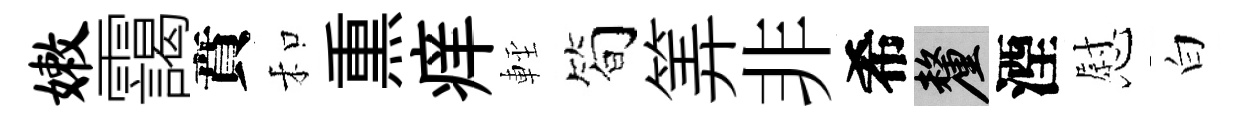
嫩靄賁和𤋱痒䡖筍筭非希厘湮慰白